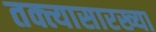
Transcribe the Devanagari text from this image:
तक्त्यासारख्या